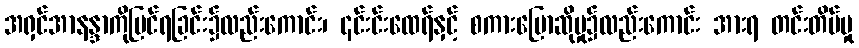
အရှင်အာနန္ဒာကိုမြင်ရခြင်း၌လည်းကောင်း၊ ၎င်းင်းထေရ်နှင့် စကားပြောဆိုမှု၌လည်းကောင်း အားရ တင်းတိမ်မှု